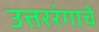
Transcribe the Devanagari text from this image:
उत्तररंगाचे